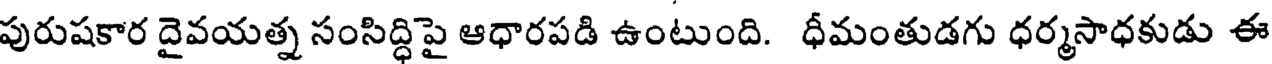
పురుషకార దైవయత్న సంసిద్ధిపై ఆధారపడి ఉంటుంది. ధీమంతుడగు ధర్మసాధకుడు ఈ